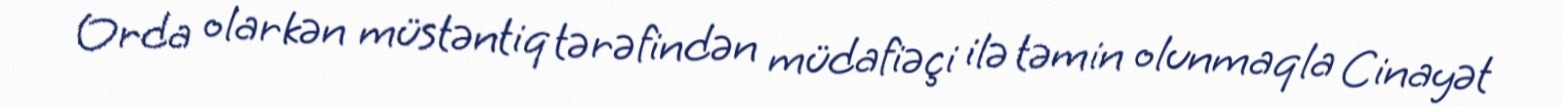
Orda olarkən müstəntiq tərəfindən müdafiəçi ilə təmin olunmaqla Cinayət